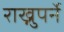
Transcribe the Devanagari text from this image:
राख्नुपर्ने